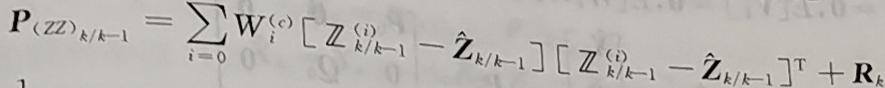
$\boldsymbol{P}_{(ZZ)_{k \mid k - 1}} = \sum_{i = 0} \boldsymbol{W}_i^{(c)} \left[\boldsymbol{Z}_{k \mid k - 1}^{(i)} - \hat{\boldsymbol{Z}}_{k \mid k - 1}\right] \left[\boldsymbol{Z}_{k \mid k - 1}^{(i)} - \hat{\boldsymbol{Z}}_{k \mid k - 1}\right]^{\mathrm{T}} + \boldsymbol{R}_k$